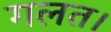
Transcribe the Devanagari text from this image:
गलत।